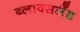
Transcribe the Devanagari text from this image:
ब्लाक्सलैंड